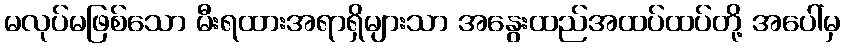
မလုပ်မဖြစ်သော မီးရထားအရာရှိများသာ အနွေးထည်အထပ်ထပ်တို့ အပေါ်မှ